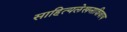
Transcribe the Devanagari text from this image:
साहित्यलेखनाशिवाय